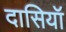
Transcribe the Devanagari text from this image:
दासियॉ